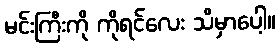
မင်းကြီးကို ကိုရင်လေး သိမှာပေါ့။